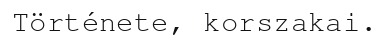
Története, korszakai.